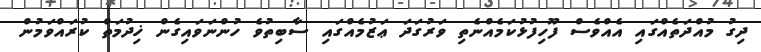
ދިގު މުއްދަތެއްގައި އެއްވެސް ފޫހިފުޅުކަމެއްނެތި ވަރުގަދަ ޢަޒުމެއްގައި ސާބިތުވެ ހުންނަވައިގެން ޚިދުމަތް ކުރައްވަމުން